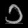
Digit: ၁